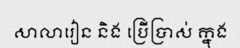
សាលារៀន និង ប្រើប្រាស់ ក្នុង